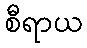
စီရာယ